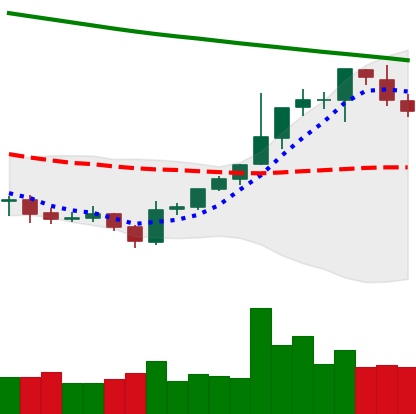
Ticker: BTC-USD
Chart end date: 2021-08-02
Forward return: 13.657%
Label: up_7plus